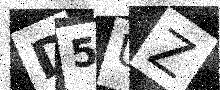
Text: D5UZ